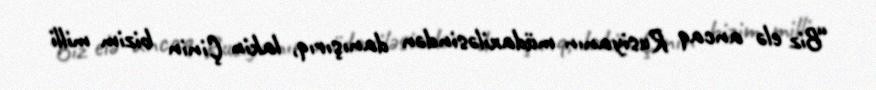
“Biz elə ancaq Rusiyanın müdaxiləsindən danışırıq, lakin Çinin bizim milli